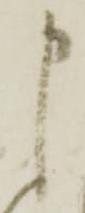
申